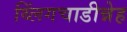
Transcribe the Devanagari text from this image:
थ्लिंगचाडीन्नेह